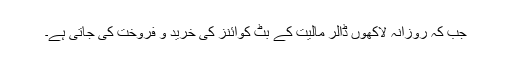
جب کہ روزانہ لاکھوں ڈالر مالیت کے بٹ کوائنز کی خرید و فروخت کی جاتی ہے۔